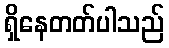
ရှိနေတတ်ပါသည်